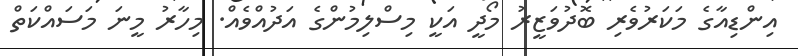
އިންޑިއާގެ މަކަރުވެރި ބޮދުވަޒީރު މޯދީ އަކީ މިސްލިމުންގެ އަދުއްވެއް. މިހާރު މީނަ މަސައްކަތް